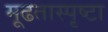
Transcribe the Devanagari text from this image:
मूढतास्पृष्टा